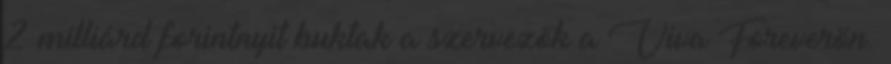
2 milliárd forintnyit buktak a szervezők a Viva Foreverön.